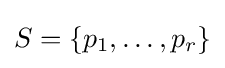
S=\{p_{1},\ldots ,p_{r}\}